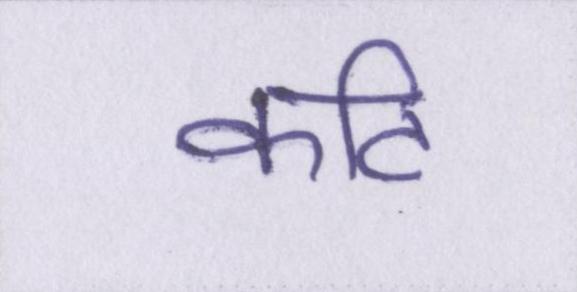
कटि